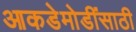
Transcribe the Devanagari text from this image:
आकडेमोडींसाठी